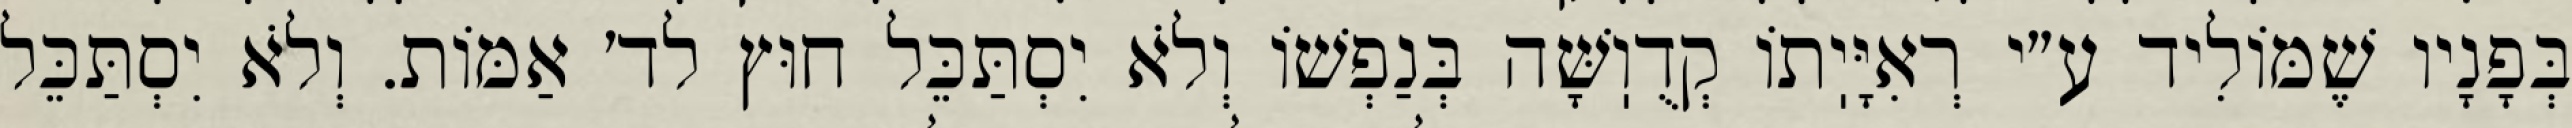
בְּפָנָיו שֶׁמּוֹלִיד ע״י רְאִיָּיֽתוֹ קְדֻוֽשָּׁה בְּנַפְשׁוֹ וְלֹא יִסְתַּכֵּל חוּץ לד׳ אַמּוֹת. וְלֹא יִסְתַּכֵּל